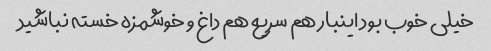
خیلی خوب بود اینبار هم سریع هم داغ و خوشمزه خسته نباشید